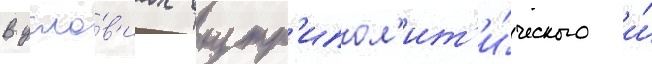
В усло́в'иах внутр'ипол'ит'и́ческого и́